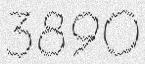
3890